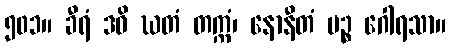
၅၀၁။ ခီရံ ဒဓိ ဃတံ တက္ကံ၊ နောနီတံ ပဉ္စ ဂေါရသာ။